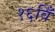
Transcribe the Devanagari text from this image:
१६विँ